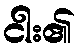
ငါး၏